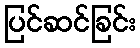
ပြင်ဆင်ခြင်း